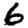
Digit: 6